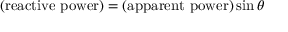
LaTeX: { \mathrm { ( r e a c t i v e ~ p o w e r ) } } = { \mathrm { ( a p p a r e n t ~ p o w e r ) } } \sin \theta